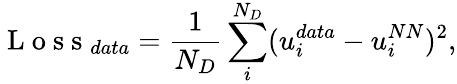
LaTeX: \mathrm{~L~o~s~s~}_{data}=\frac{1}{N_{D}}\sum_{i}^{N_{D}}(u_{i}^{data}-u_{i}^{NN})^{2},